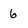
Character: 6